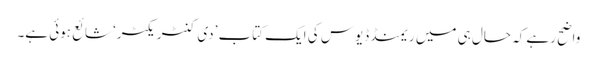
واضح رہے کہ حال ہی میں ریمنڈ ڈیوس کی ایک کتاب ’دی کنٹریکٹر‘ شائع ہوئی ہے۔